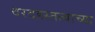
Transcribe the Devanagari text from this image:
वरदहस्तत्याच्या